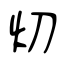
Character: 灱